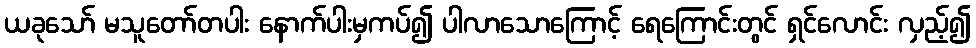
ယခုသော် မသူတော်တပါး နောက်ပါးမှကပ်၍ ပါလာသောကြောင့် ရေကြောင်းတွင် ရှင်လောင်း လှည့်၍